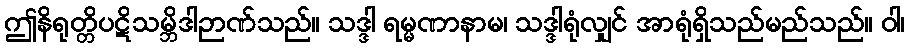
ဤနိရုတ္တိပဋိသမ္ဘိဒါဉာဏ်သည်။ သဒ္ဒါ ရမ္မဏာနာမ၊ သဒ္ဒါရုံလျှင် အာရုံရှိသည်မည်သည်။ ဝါ၊